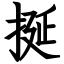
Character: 挻